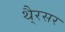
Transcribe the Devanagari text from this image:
थै्रसर